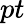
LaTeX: pt